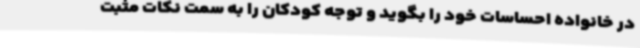
در خانواده احساسات خود را بگوید و توجه کودکان را به سمت نکات مثبت